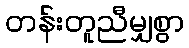
တန်းတူညီမျှစွာ